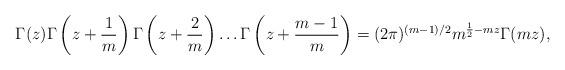
LaTeX: \begin{align*}\Gamma(z)\Gamma\left(z+\frac{1}{m}\right)\Gamma\left(z+\frac{2}{m}\right)\dots\Gamma\left(z+\frac{m-1}{m}\right)= (2\pi)^{(m-1)/2}m^{\frac{1}{2}-mz}\Gamma(mz),\end{align*}